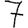
Digit: 7